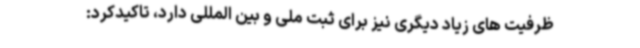
ظرفیت های زیاد دیگری نیز برای ثبت ملی و بین المللی دارد، تاکیدکرد: